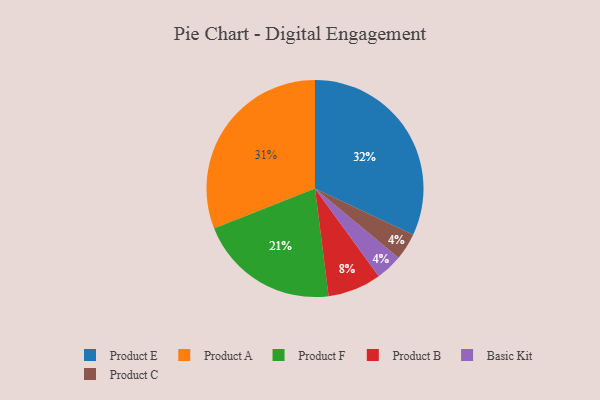
{"axis": {"x": "Category", "y": "Percentage"}, "legend": ["Basic Kit", "Product A", "Product B", "Product C", "Product E", "Product F"], "data": [{"x": "Basic Kit", "y": 4, "type": "Basic Kit"}, {"x": "Product F", "y": 21, "type": "Product F"}, {"x": "Product E", "y": 32, "type": "Product E"}, {"x": "Product B", "y": 8, "type": "Product B"}, {"x": "Product C", "y": 4, "type": "Product C"}, {"x": "Product A", "y": 31, "type": "Product A"}]}